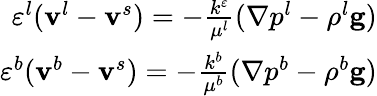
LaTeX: \begin{array}{r}{\varepsilon^{l}(\mathbf{v}^{l}-\mathbf{v}^{s})=-\frac{k^{\varepsilon}}{\mu^{l}}(\mathbf{\nabla}p^{l}-\rho^{l}\mathbf{g})}\\ {\varepsilon^{b}(\mathbf{v}^{b}-\mathbf{v}^{s})=-\frac{k^{b}}{\mu^{b}}(\mathbf{\nabla}p^{b}-\rho^{b}\mathbf{g})}\end{array}